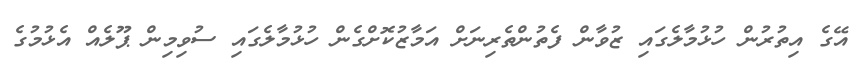
އޭގެ އިތުރުން ހުޅުމާލެގައި ޒުވާން ފެތުންތެރިނަށް އަމާޒުކޮށްގެން ހުޅުމާލެގައި ސުވިމިން ޕޫލެއް އެޅުމުގެ